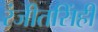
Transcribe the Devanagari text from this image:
रंजीतसिंही